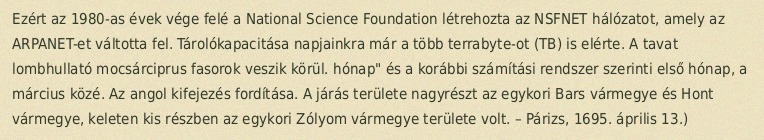
Ezért az 1980-as évek vége felé a National Science Foundation létrehozta az NSFNET hálózatot, amely az ARPANET-et váltotta fel. Tárolókapacitása napjainkra már a több terrabyte-ot (TB) is elérte. A tavat lombhullató mocsárciprus fasorok veszik körül. hónap" és a korábbi számítási rendszer szerinti első hónap, a március közé. Az angol kifejezés fordítása. A járás területe nagyrészt az egykori Bars vármegye és Hont vármegye, keleten kis részben az egykori Zólyom vármegye területe volt. – Párizs, 1695. április 13.)